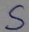
Text: S